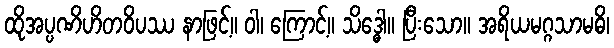
ထိုအပ္ပဏိဟိတဝိပဿ နာဖြင့်။ ဝါ၊ ကြောင့်။ သိဒ္ဓေါ။ ပြီးသော။ အရိယမဂ္ဂသာမဓိ၊